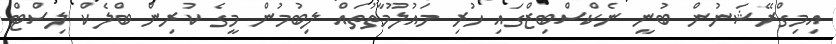
އިމިގްރޭޝަނުން ބުނީ ނެކްސްބިޒްގައި ހުރި މައުލޫމާތުތައް ލިބުމުން މީގެ ކުރިން ބްލެކް ލިސްޓް